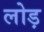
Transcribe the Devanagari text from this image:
लोड़